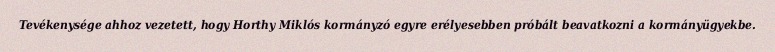
Tevékenysége ahhoz vezetett, hogy Horthy Miklós kormányzó egyre erélyesebben próbált beavatkozni a kormányügyekbe.